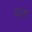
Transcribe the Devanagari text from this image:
धत